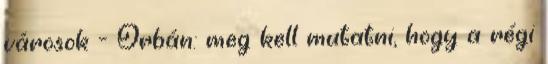
városok - Orbán: meg kell mutatni, hogy a régi